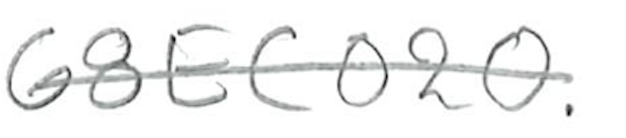
Text: 68EC020.
Cross-out: single-line
Writing tool: pencil